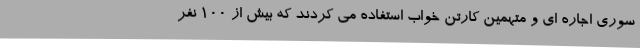
سوری اجاره ای و متهمین کارتن خواب استفاده می کردند که بیش از 100 نفر